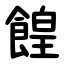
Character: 餭